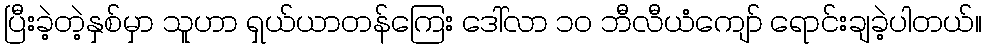
ပြီးခဲ့တဲ့နှစ်မှာ သူဟာ ရှယ်ယာတန်ကြေး ဒေါ်လာ ၁၀ ဘီလီယံကျော် ရောင်းချခဲ့ပါတယ်။